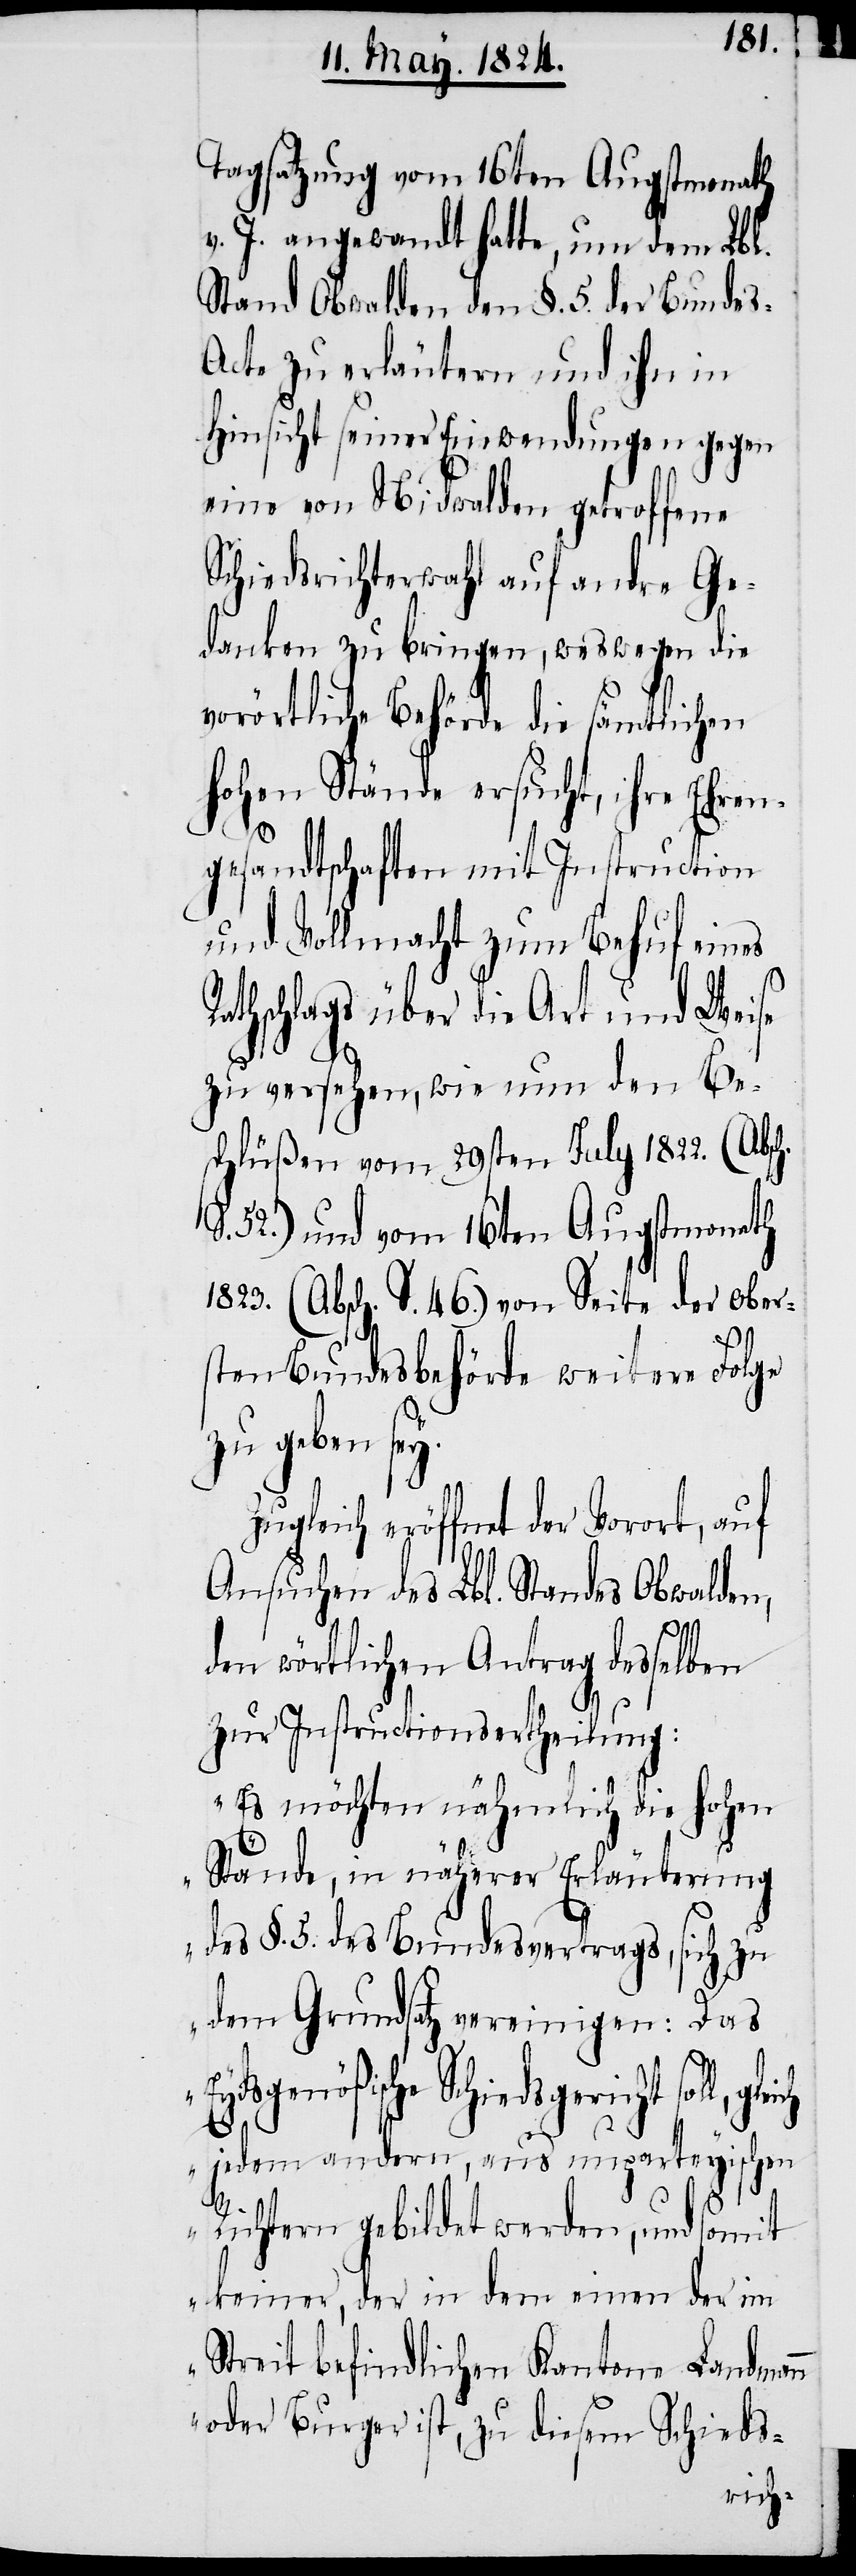
Tagsatzung vom 16ten Augstmonath
v. J. angewandt hatte, um dem Lbl.
Stand Obwalden den §. 5. der Bunde¬
s-Acte zu erläutern und ihn in
Hinsicht seiner Einwendungen gegen
eine von Nidwalden getroffene
Schiedsrichterwahl auf andre Ge¬
danken zu bringen, weswegen die
vorörtliche Behörde die sämtlichen
hohen Stände ersucht, ihre Ehren¬
gesandtschaften mit Instruction
und Vollmacht zum Behuf eines
Rathschlags über die Art und Weise
zu versehen, wie nun den Be¬
schlüßen vom 29sten July 1822. (Absch.
S. 52) und vom 16ten Augstmonath
1823. (Absch. S. 46) von Seite der ober¬
sten Bundesbehörde weitere Folge
zu geben sey.
Zugleich eröffnet der Vorort, auf
Ansuchen des Lbl. Standes Obwalden,
den wörtlichen Antrag desselben
zur Instructionsertheilung:
„Es möchten nähmlich die hohen
Stände, in näherer Erläuterung
des §. 5. des Bundesvertrags, sich zu
dem Grundsatz vereinigen: Das
icht soll, gleich
jedem andern, aus unparteyischen
Richtern gebildet werden, und somit
keiner, der in dem einen der im
Streit befindlichen Kantone Landmann
oder Burger ist, zu diesem Schieds-